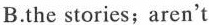
B. the stories; aren't